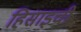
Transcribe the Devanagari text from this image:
हिसाइची